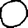
Digit: 0